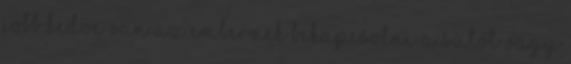
jobb kedve van az embernek bekapcsolni a sütőt vagy